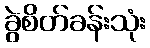
ခွဲစိတ်ခန်းသုံး